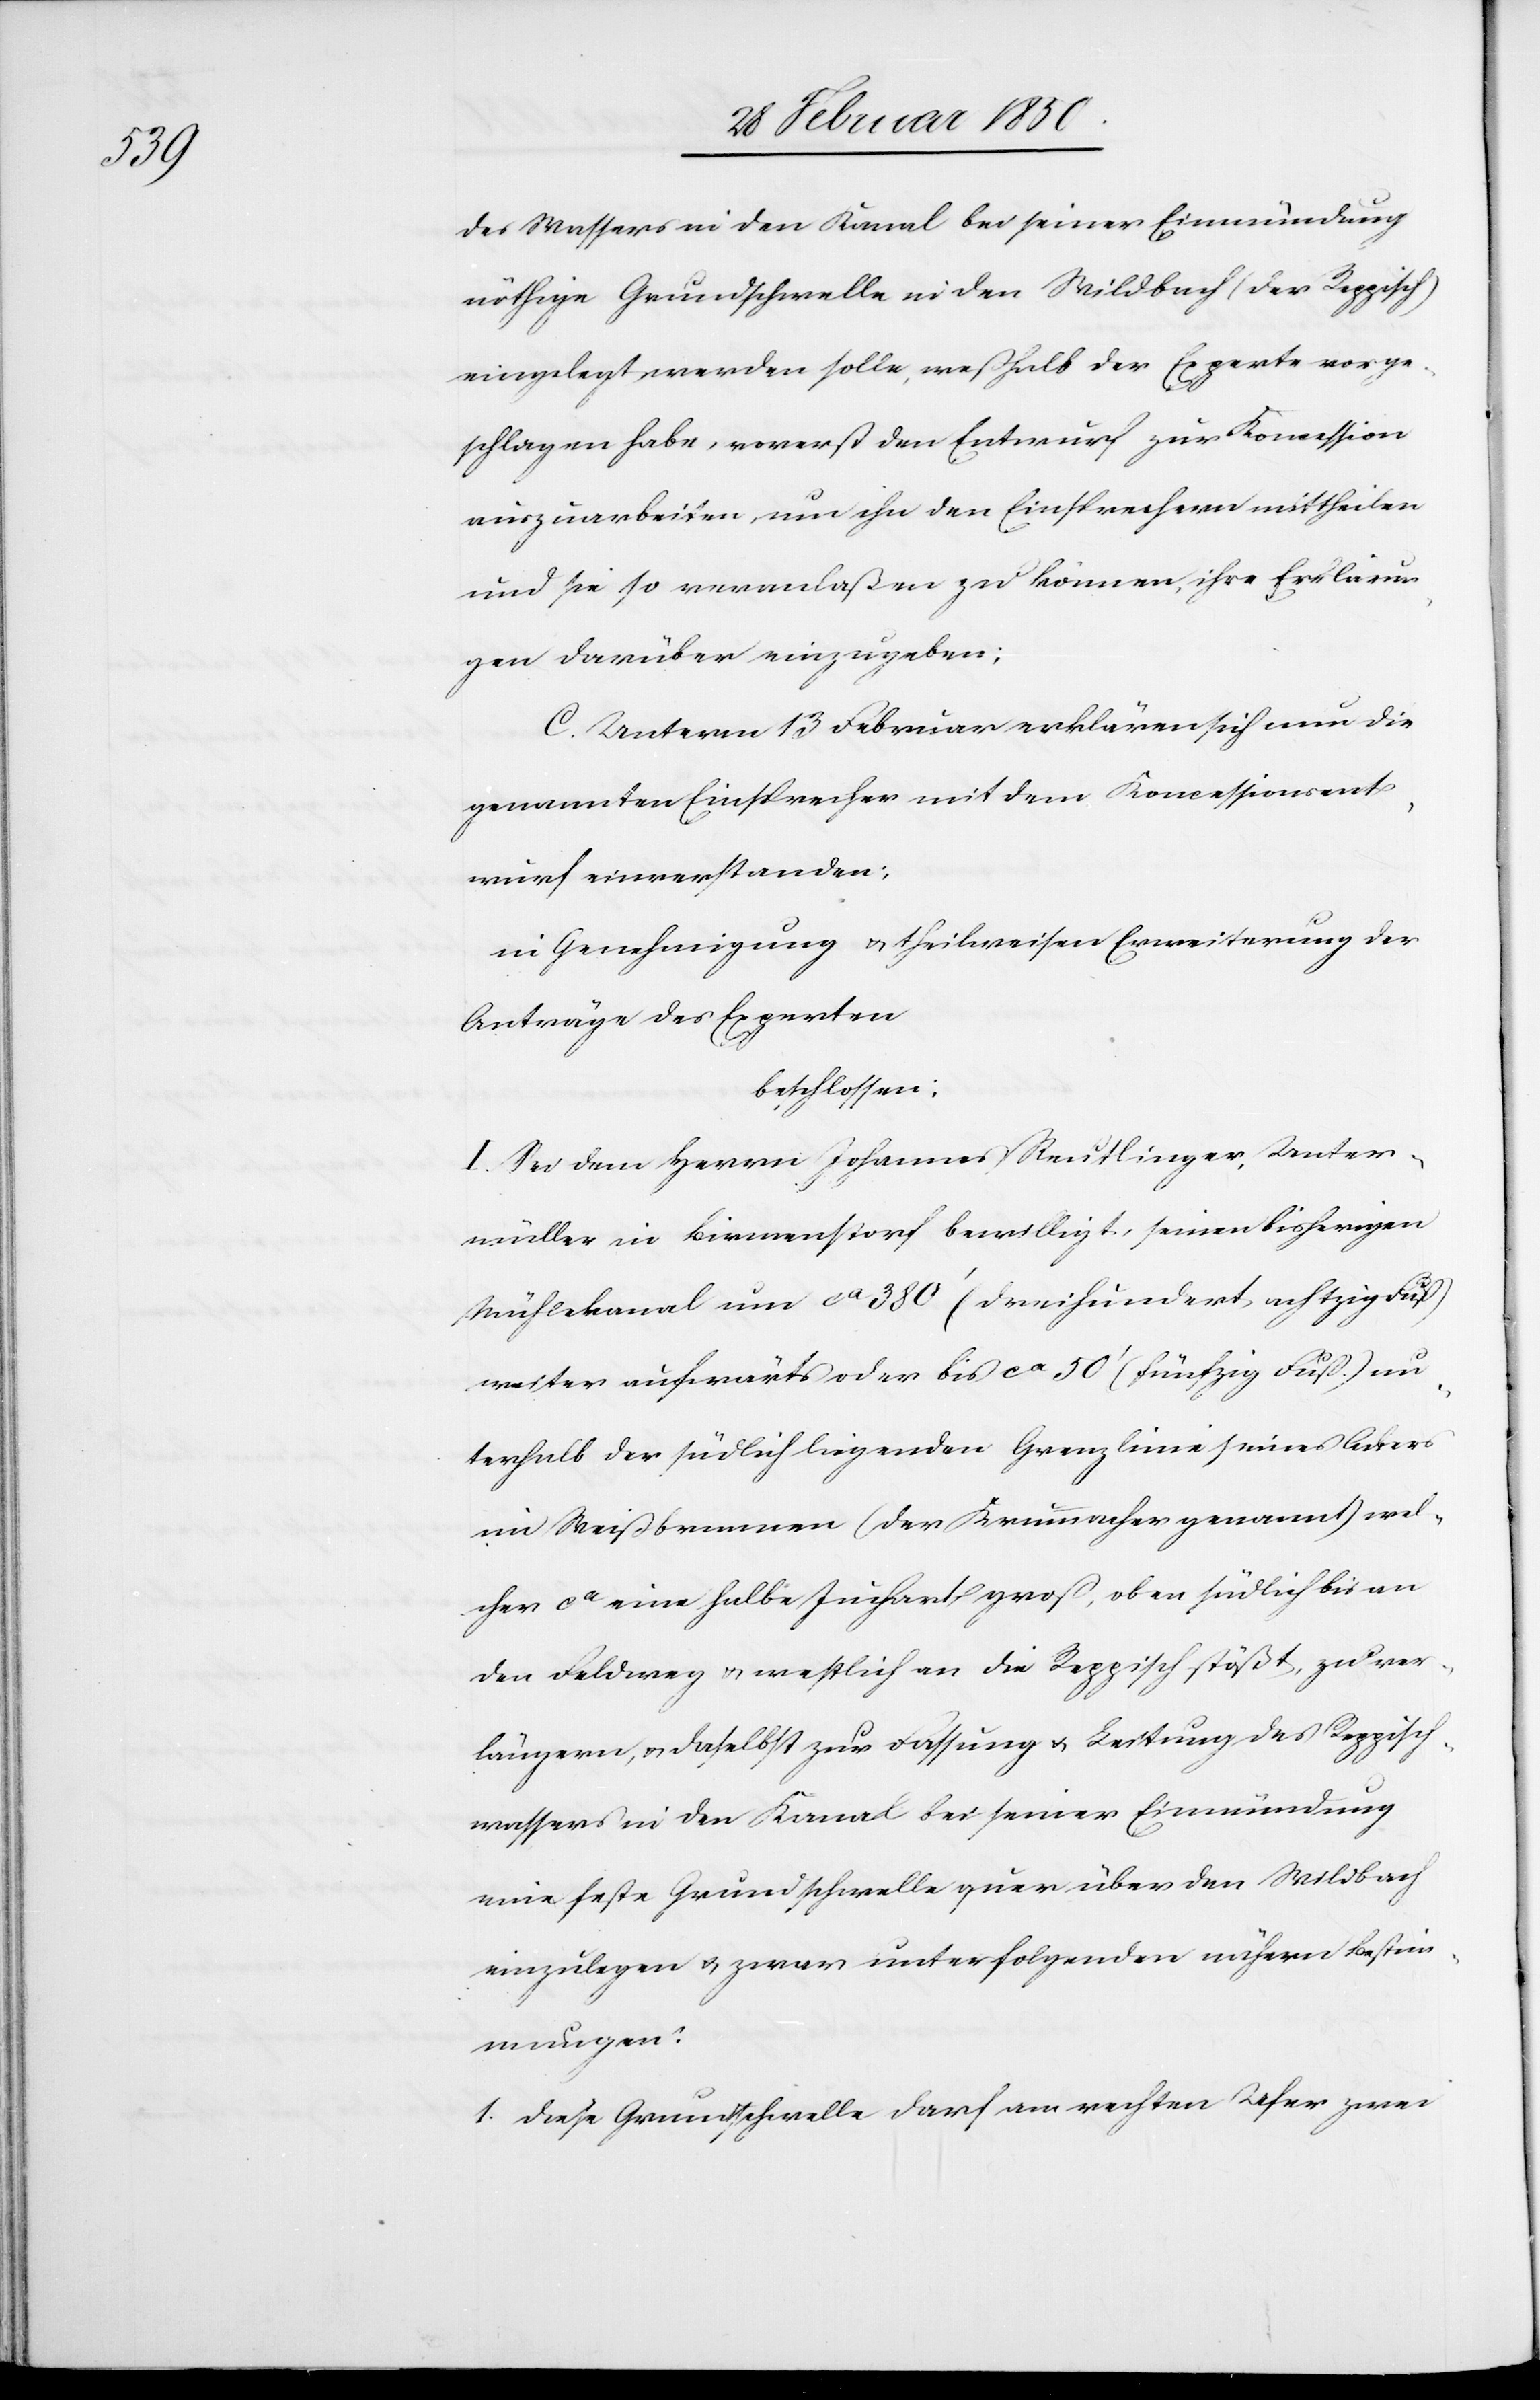
des Wassers in den Kanal bei seiner Einmündung
nöthige Grundschwelle in den Wildbach (der Reppisch)
eingelegt werden solle, weßhalb der Experte vorge¬
schlagen habe, vorerst den Entwurf zur Koncession
auszuarbeiten, um ihn den Einsprechern mittheilen
und sie so veranlaßen zu können, ihre Erklärun¬
gen darüber einzugeben;
C. Unterm 13 Februar erklären sich nun die
genannten Einsprecher mit dem Koncessionsent¬
wurf einverstanden;
in Genehmigung u. theilweisen Erweiterung der
Anträge des Experten
beschlossen:
I. Sei dem Herrn Johannes Reutlinger, Unter¬
müller in Birmenstorf bewilligt, seinen bisherigen
Mühlekanal um ca 380ʼ (dreihundert achtzig Fuß)
weiter aufwärts oder bis ca 50ʼ (fünfzig Fuß) un¬
terhalb der südlich liegenden Grenzlinie seines Ackers
im Weißbrunnen (der Krummacher genannt) wel¬
cher ca eine halbe Juchart groß, oben südlich bis an
den Feldweg u. westlich an die Reppisch stößt, zu ver¬
längern, u. daselbst zur Fassung u. Leitung des Reppisch¬
wassers in den Kanal bei seiner Einmündung
eine feste Grundschwelle quer über den Wildbach
einzulegen u. zwar unter folgenden nähern Bestim¬
mungen:
1. Diese Grundschwelle darf am rechten Ufer zwei